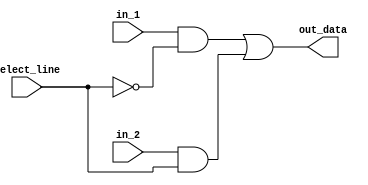
module mux_2x1_1bit(in_1,in_2,select_line,out_data);
  input in_1,in_2,select_line;
  output out_data;
  
  wire in_1,in_2,select_line,out_data,out_1,out_2;
  
  and and_1(out_1,in_1,~select_line);
  and and_2(out_2,in_2,select_line);
  or final_or(out_data,out_1,out_2);
  
endmodule